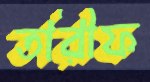
তারীফ